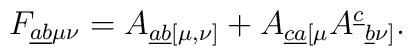
{F_{\underline{ab}\mu\nu}}=	{A_{\underline{ab} [\mu,\nu]}}	+{A_{\underline{ca} [\mu}A^{\underline{c}}{}_{\underline{b}\nu]}}.